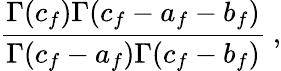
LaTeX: {\frac{\Gamma(c_{f})\Gamma(c_{f}-a_{f}-b_{f})}{\Gamma(c_{f}-a_{f})\Gamma(c_{f}-b_{f})}}\ ,